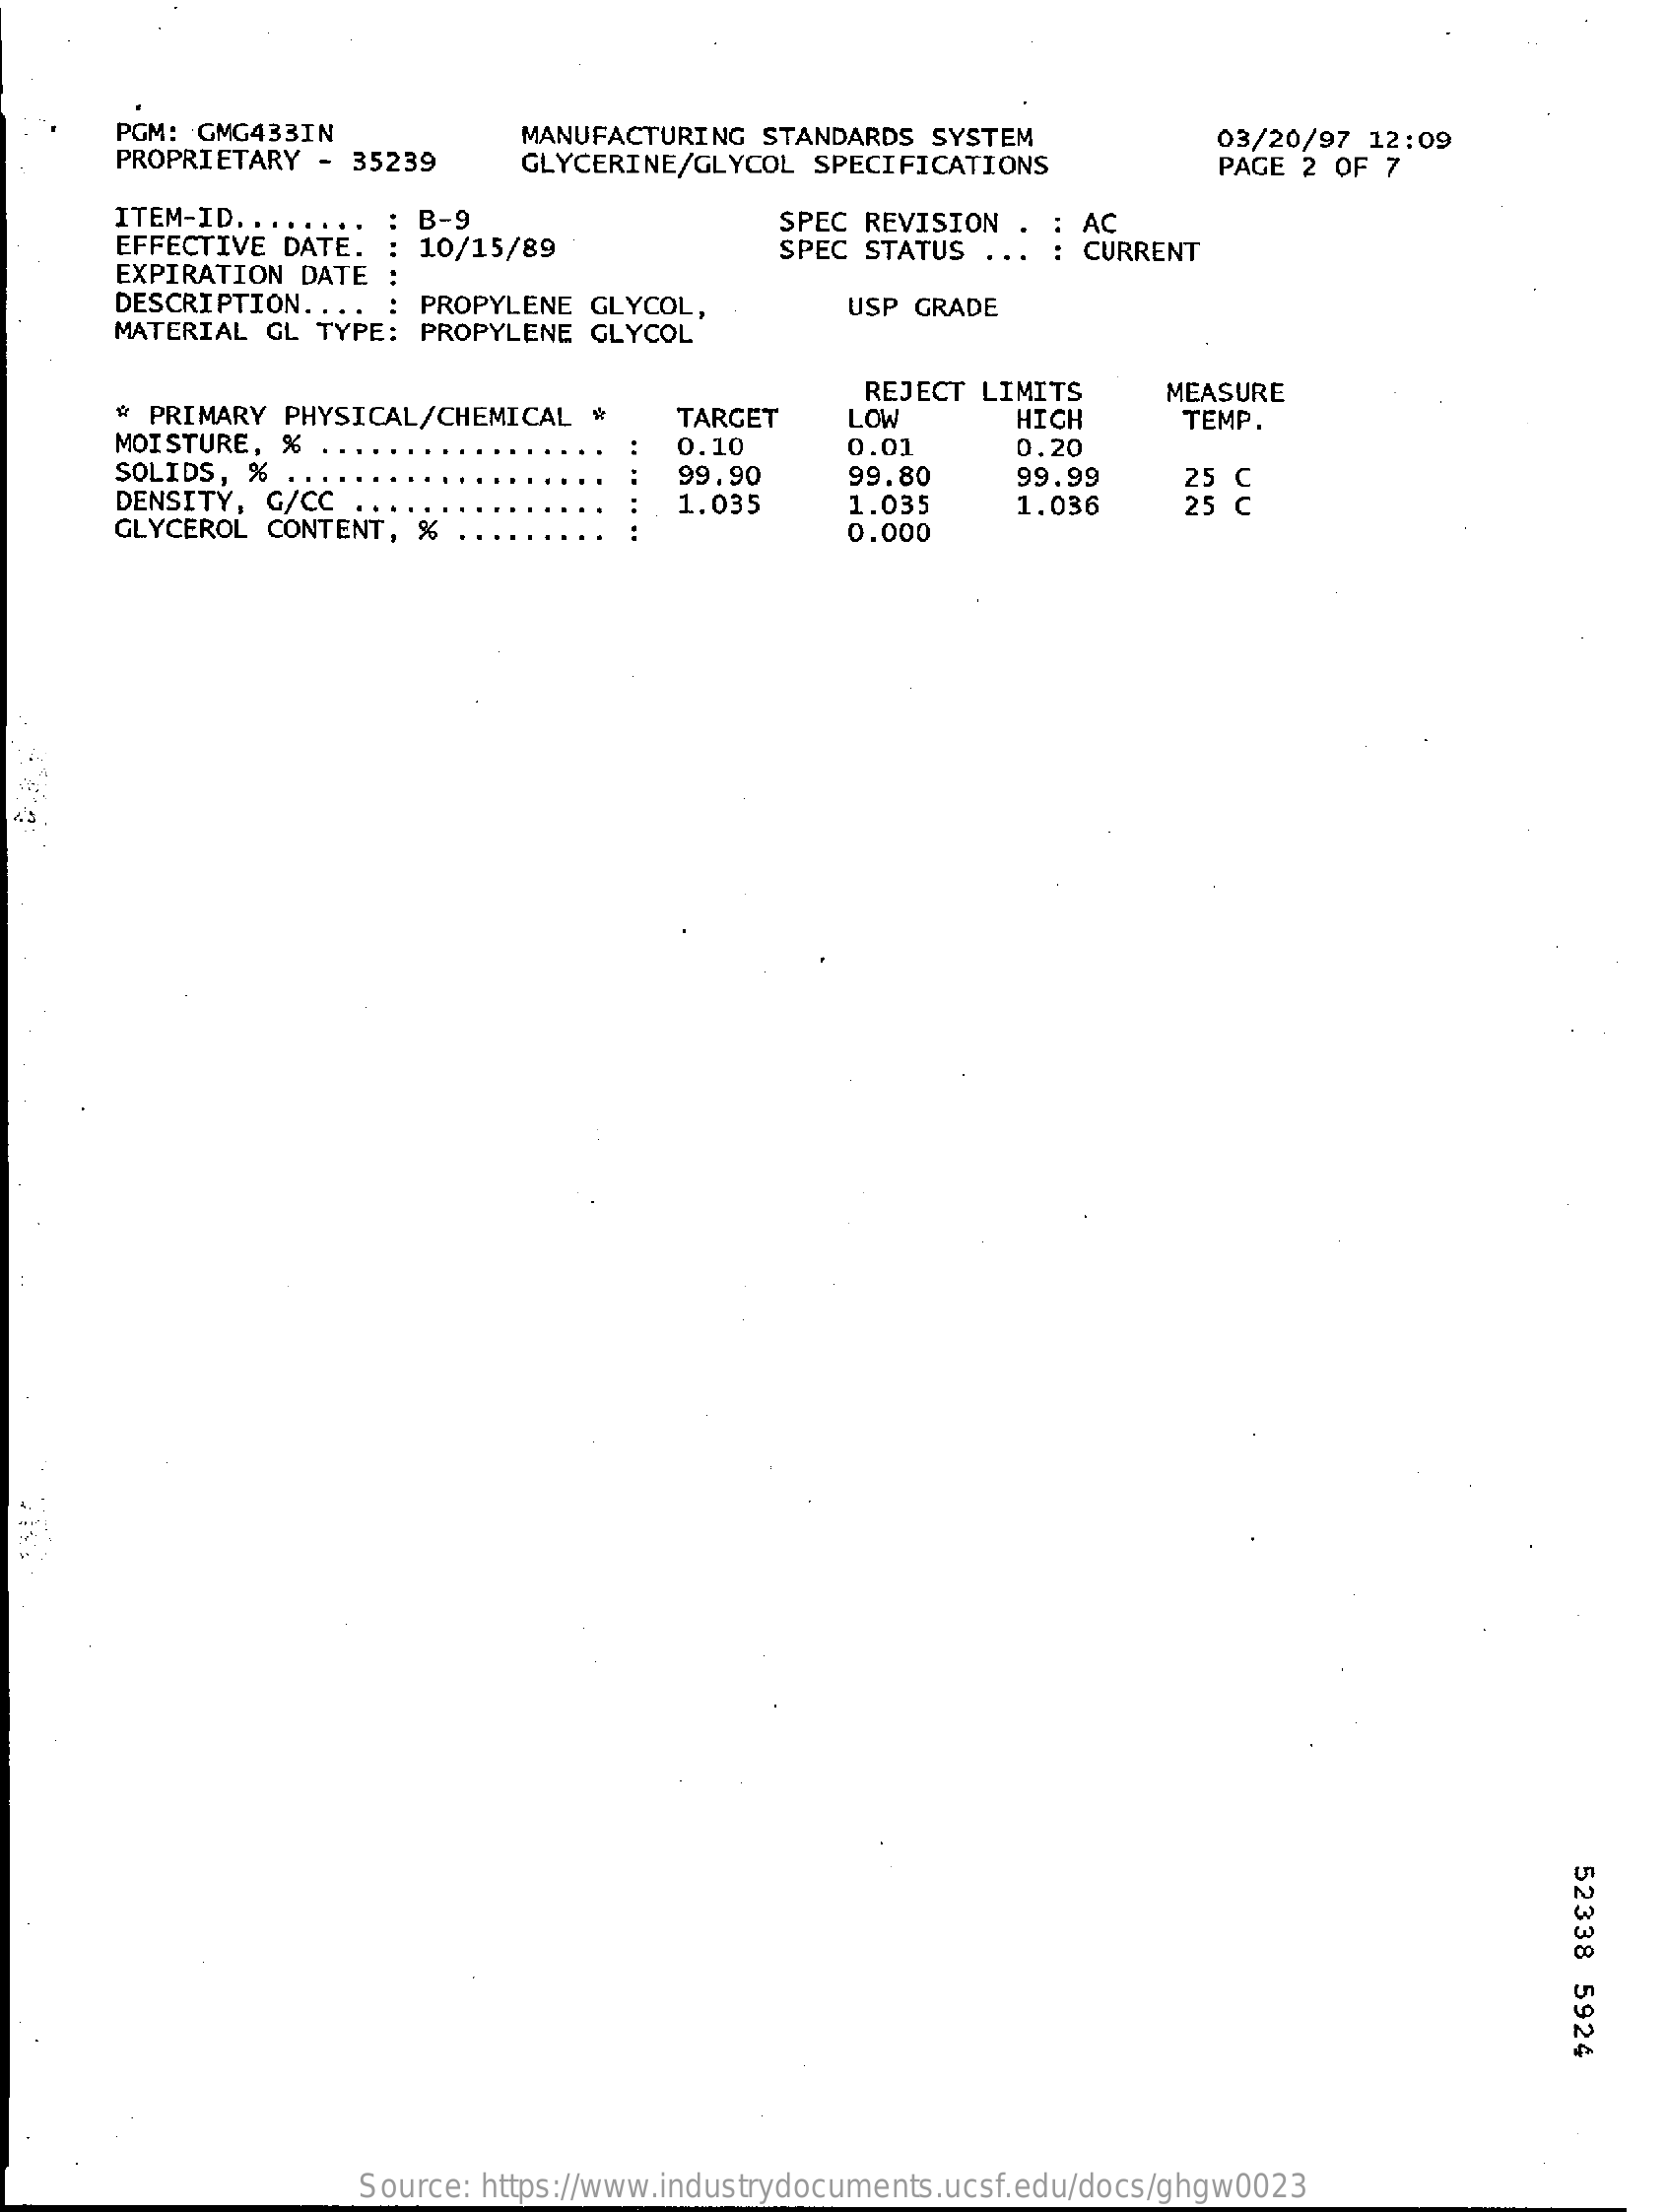
PGM: GMG433IN
     PROPRIETARY - 35239
     MANUFACTURING  STANDARDS SYSTEM
     GLYCERINE/GLYCOL  SPECIFICATIONS
     03/20/97 12:09
     PAGE 2 OF 7
     ITEM-ID ....
     EFFECTIVE DATE.
     B-9
     10/15/89
     SPEC REVISION    AC
     EXPIRATION DATE
     SPEC STATUS    CURRENT
     DESCRIPTION. .    PROPYLENE  GLYCOL,
     MATERIAL  GL TYPE: PROPYLENE  GLYCOL
     USP GRADE
     # PRIMARY  PHYSICAL/CHEMICAL  *    TARGET
     REJECT LIMITS    MEASURE
     MOISTURE, % ..
     LOW    HIGH    TEMP.
     SOLIDS, % ..
     0.10    0.01
     DENSITY, G/CC .
     99.90    99.80
     0.20
     UU
     GLYCEROL CONTENT, %  .
     1.035
     99.99
     1.035    1.036
     0.000
  43.
     52338
     5924
     Source: https://www.industrydocuments.ucsf.edu/docs/ghgw0023